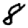
Digit: 8